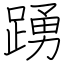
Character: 踴